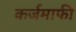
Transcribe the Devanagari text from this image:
कर्जमाफी